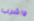
واشرب